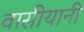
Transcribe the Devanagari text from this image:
वासीयानी